Document type: Testament
Year: 1300
Scribe: Bonanat d'Esparreguera
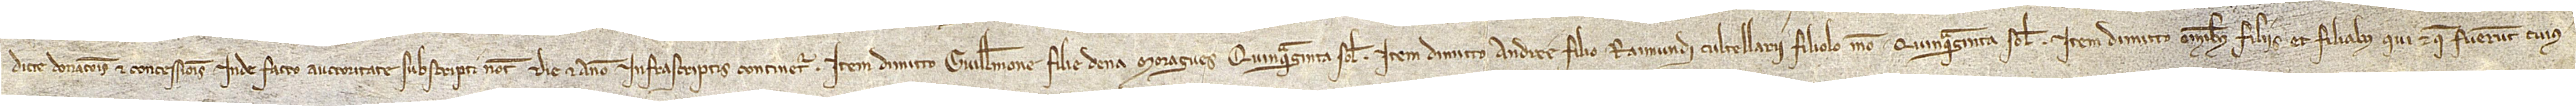
dicte donacionis et concessionis inde facto auctoritate subscripti notarii die et anno infrascriptis continetur. Item, dimitto Guillemone, filie de na Moragues, quinquaginta solidos. Item, dimitto Andree, filio Raimundi Cultellarii, filiolo meo, quinquaginta solidos. Item, dimitto omnibus filiis et filiabus qui et que fuerunt cuius-